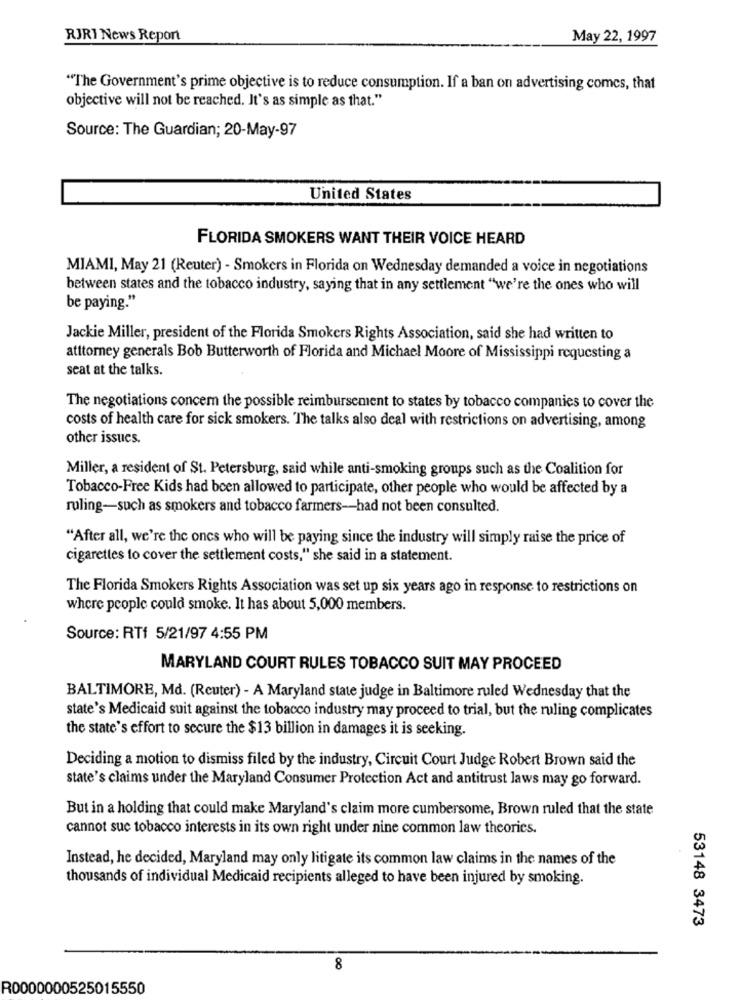
RJRI News Report
May 22, 1997
"The Government's prime objective is to reduce consumption. If a ban on advertising comes, that
objective will not be reached. It's as simple as that."
Source: The Guardian; 20-May-97
United States
FLORIDA SMOKERS WANT THEIR VOICE HEARD
MIAMI, May 21 (Reuter) - Smokers in Florida on Wednesday demanded a voice in negotiations
between states and the tobacco industry, saying that in any settlement "we're the ones who will
be paying."
Jackie Miller, president of the Florida Smokers Rights Association, said she had written to
atttorney generals Bob Butterworth of Florida and Michael Moore of Mississippi requesting a
seat at the talks.
The negotiations concem the possible reimbursement to states by tobacco companies to cover the
costs of health care for sick smokers. The talks also deal with restrictions on advertising, among
other issues.
Miller, a resident of St. Petersburg, said while anti-smoking groups such as the Coalition for
Tobacco-Free Kids had been allowed to participate, other people who would be affected by a
ruling-such as smokers and tobacco farmers -- had not been consulted.
"After all, we're the ones who will be paying since the industry will simply raise the price of
cigarettes to cover the settlement costs," she said in a statement.
The Florida Smokers Rights Association was set up six years ago in response to restrictions on
where people could smoke. It has about 5,000 members.
Source: RTf 5/21/97 4:55 PM
MARYLAND COURT RULES TOBACCO SUIT MAY PROCEED
BALTIMORE, Md. (Reuter) - A Maryland state judge in Baltimore ruled Wednesday that the
state's Medicaid suit against the tobacco industry may proceed to trial, but the ruling complicates
the state's effort to secure the $13 billion in damages it is seeking.
Deciding a motion to dismiss filed by the industry, Circuit Court Judge Robert Brown said the
state's claims under the Maryland Consumer Protection Act and antitrust laws may go forward.
But in a holding that could make Maryland's claim more cumbersome, Brown ruled that the state
cannot sue tobacco interests in its own right under nine common law theories.
Instead, he decided, Maryland may only litigate its common law claims in the names of the
thousands of individual Medicaid recipients alleged to have been injured by smoking.
53148 3473
8
R0000000525015550